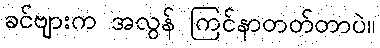
ခင်ဗျားက အလွန် ကြင်နာတတ်တာပဲ။